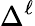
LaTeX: \Delta^{\ell}